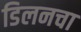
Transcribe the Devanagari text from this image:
डिलनचा